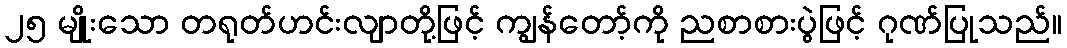
၂၅ မျိုးသော တရုတ်ဟင်းလျာတို့ဖြင့် ကျွန်တော့်ကို ညစာစားပွဲဖြင့် ဂုဏ်ပြုသည်။